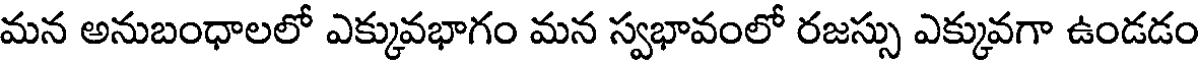
మన అనుబంధాలలో ఎక్కువభాగం మన స్వభావంలో రజస్సు ఎక్కువగా ఉండడం